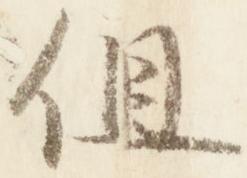
但